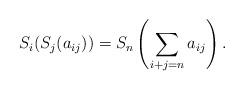
LaTeX: \begin{align*}S_i(S_j (a_{ij})) = S_n\left(\sum_{i+j=n} a_{ij}\right).\end{align*}